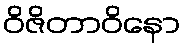
ဝိဇိတာဝိနော